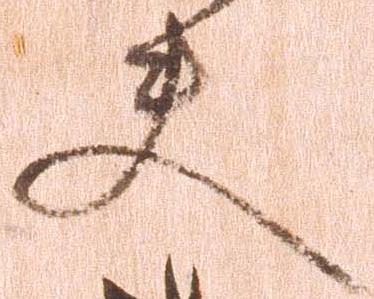
夫